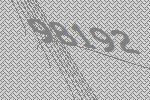
98192